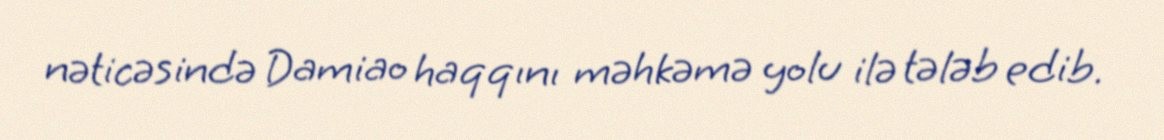
nəticəsində Damiao haqqını məhkəmə yolu ilə tələb edib.